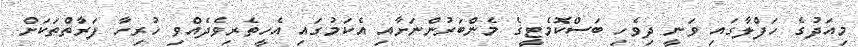
މިއަދުގެ ހަފްލާގައި ވަނީ ދިވެހި ބަސްކޮމެޓީގެ މެންބަރުންނަށާއި އެކަމުގައި އެހީތެރިވެދެއްވި ހުރިހާ ފަރާތްތަކަށް